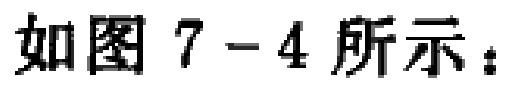
如图 7 - 4 所示：